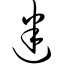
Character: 迷